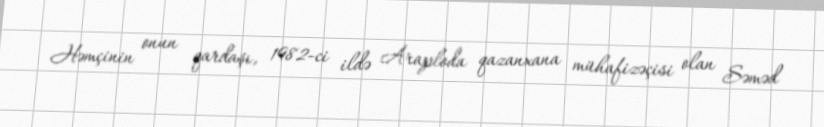
Həmçinin onun qardaşı, 1982-ci ildə Araploda qazanxana mühafizəçisi olan Səməd